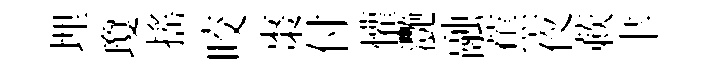
埋瓊搖咬棗付懽灧融蕉夜蔌聿